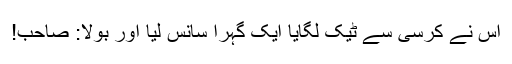
اس نے کرسی سے ٹیک لگایا ایک گہرا سانس لیا اور بولا: صاحب!